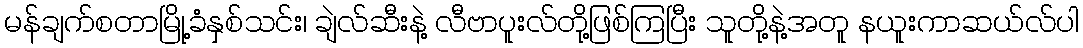
မန်ချက်စတာမြို့ခံနှစ်သင်း၊ ချဲလ်ဆီးနဲ့ လီဗာပူးလ်တို့ဖြစ်ကြပြီး သူတို့နဲ့အတူ နယူးကာဆယ်လ်ပါ